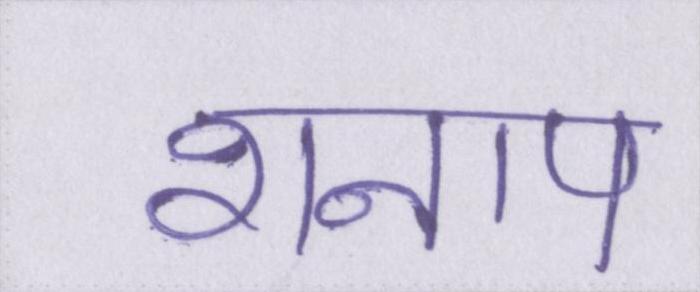
शनाप